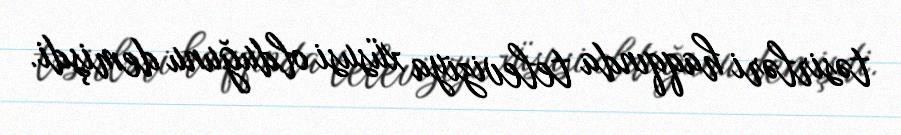
təsirləri haqqında televiziya xüsusi olduğunu demişdi.